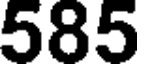
585